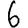
Digit: 6